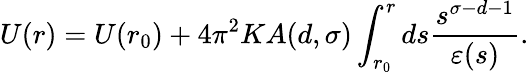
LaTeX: U(r)=U(r_{0})+4\pi^{2}KA(d,\sigma)\int_{r_{0}}^{r}ds\frac{s^{\sigma-d-1}}{\varepsilon(s)}.